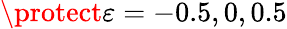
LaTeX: \protect\varepsilon=-0.5,0,0.5